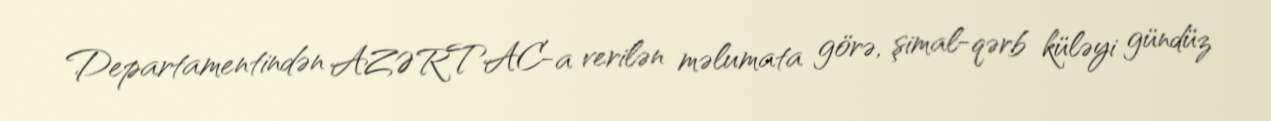
Departamentindən AZƏRTAC-a verilən məlumata görə, şimal-qərb küləyi gündüz